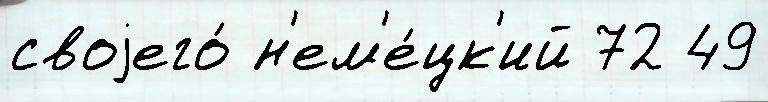
своjего́ н'ем'е́цк'ий 72 49